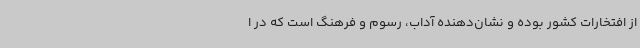
از افتخارات کشور بوده و نشان‌دهنده آداب، رسوم و فرهنگ است که در ا